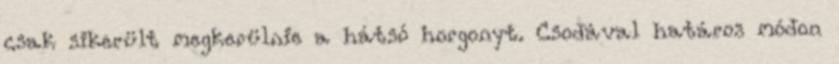
csak sikerült megkerülnie a hátsó horgonyt. Csodával határos módon